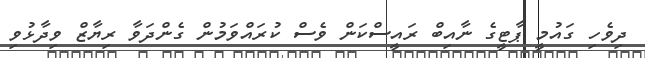
ދިވެހި ގައުމީ ޕާޓީގެ ނާއިބް ރައީސްކަން ވެސް ކުރައްވަމުން ގެންދަވާ ރިޔާޒް ވިދާޅުވި